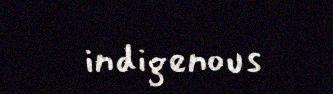
indigenous